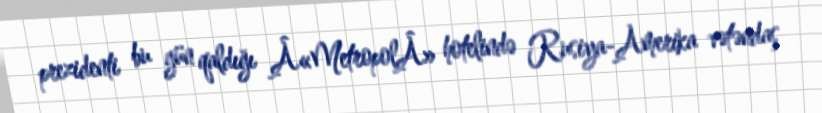
prezidenti bu gün qaldığı Â«MetropolÂ» hotelində Rusiya-Amerika vətəndaş